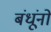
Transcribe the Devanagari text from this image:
बंधूंनो